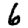
Digit: 6